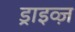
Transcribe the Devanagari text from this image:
ड्राइव्ज़